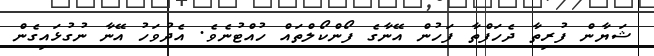
ޝަޔާން ފުރިތާ ދެހަފްތާ ފަހުން އޭނާގެ ފޯންކޯލްތައް ހުއްޓުނެވެ. އެދުވަހު އޭނާ ނުގުޅައިގެން